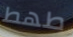
طھط